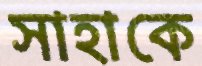
সাহাকে